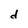
Character: d